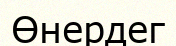
Өнердег